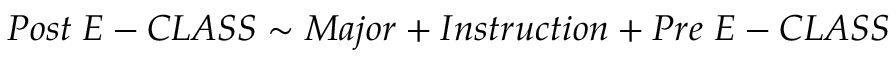
P o s t \; E - C L A S S \sim M a j o r + I n s t r u c t i o n + P r e \; E - C L A S S